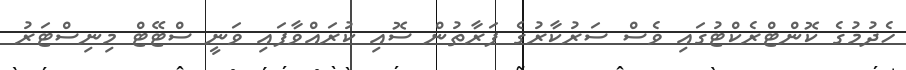
ހެދުމުގެ ކޮންޓްރެކްޓުގައި ވެސް ސަރުކާރުގެ ފަރާތުން ސޮއި ކުރައްވާފައި ވަނީ ސްޓޭޓް މިނިސްޓަރު